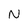
Character: N